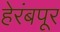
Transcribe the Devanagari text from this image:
हेरंबपूर